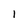
Character: 1